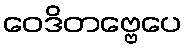
ဝေဒိတဗ္ဗေပေ